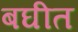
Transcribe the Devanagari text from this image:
बघीत